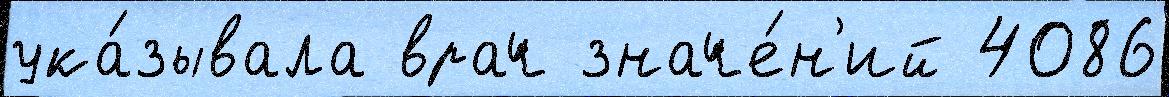
ука́зывала врач значе́н'ий 4086